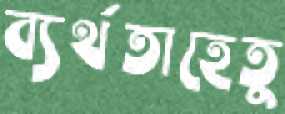
ব্যর্থতাহেতু